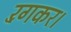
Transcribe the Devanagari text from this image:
रँगकर।